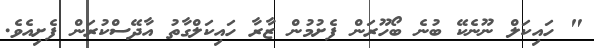
" ހައިކަލް ނޫނެކޭ ބުނެ ބޯހޫރަން ފެށުމުން ޒާރާ ހައިކަލްގާތު އާދޭސްކުރަން ފެށިއެވެ.